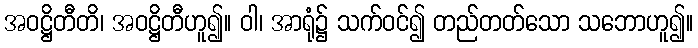
အဝဋ္ဌိတီတိ၊ အဝဋ္ဌိတီဟူ၍။ ဝါ၊ အာရုံ၌ သက်ဝင်၍ တည်တတ်သော သဘောဟူ၍။